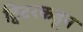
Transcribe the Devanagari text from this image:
ट्विटरकडून